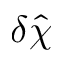
\delta \hat { \chi }